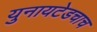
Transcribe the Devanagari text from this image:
युनायटेडचाच